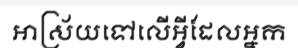
អាស្រ័យទៅលើអ្វីដែលអ្នក